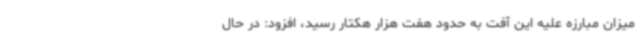
میزان مبارزه علیه این آفت به حدود هفت هزار هکتار رسید، افزود: در حال